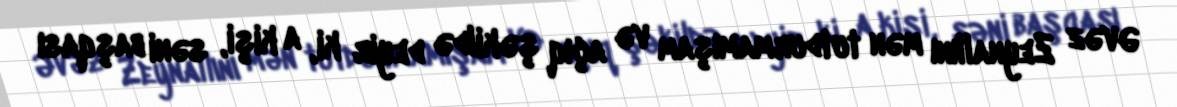
Əvəz Zeynallını mən tutdurmamışam və açıq şəkildə deyir ki, a kişi, səni başqası